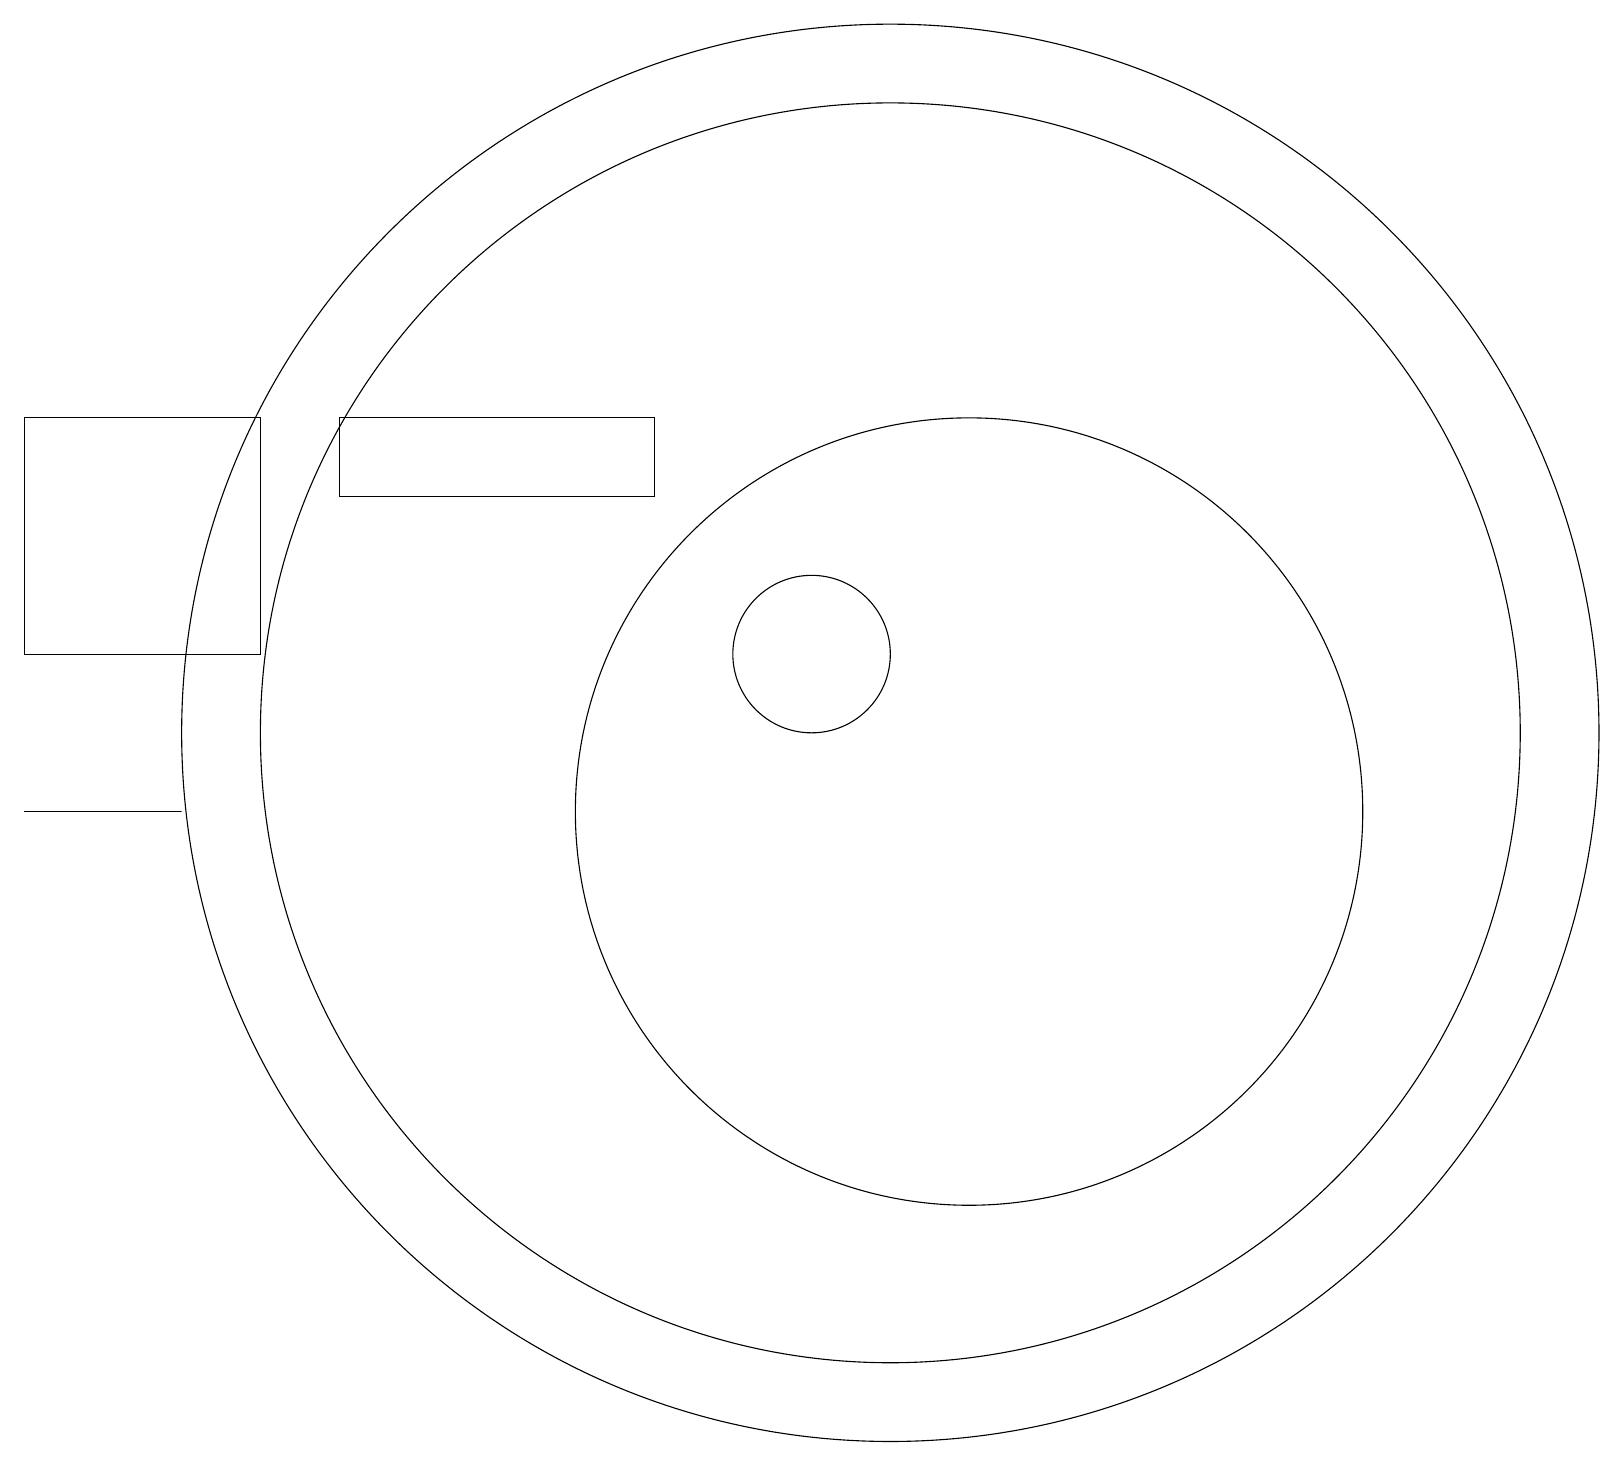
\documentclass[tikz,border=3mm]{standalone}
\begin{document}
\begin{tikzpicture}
\draw (3,12) rectangle (0,15);
\draw (10,12) circle (1);
\draw (11,11) circle (9);
\draw (11,11) circle (8);
\draw (4,14) rectangle (8,15);
\draw (12,10) circle (5);
\draw (0,10) rectangle (2,10);
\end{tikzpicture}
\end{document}